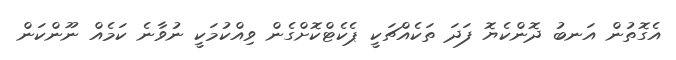
އެގޮތުން އަނބު ދޮންކެޔޮ ފަދަ ތަކެއްޗަކީ ޕެކެޓްކޮށްގެން ވިއްކުމަކީ ނުވާނެ ކަމެއް ނޫންކަން